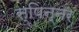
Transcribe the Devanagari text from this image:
स्पिन्नर